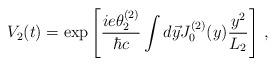
LaTeX: \begin{align*}V_2(t)= \exp \left[ {ie \theta_2^{(2)} \over \hbar c}\int d \vec y J_0 ^{(2)}(y) {y^2 \over L_2}\right]\,,\end{align*}